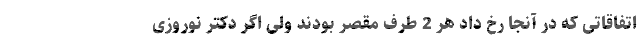
اتفاقاتی که در آنجا رخ داد هر 2 طرف مقصر بودند ولی اگر دکتر نوروزی